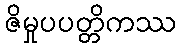
ဇိမှုပပတ္တိကဿ